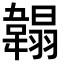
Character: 䪚